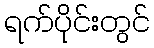
ရက်ပိုင်းတွင်